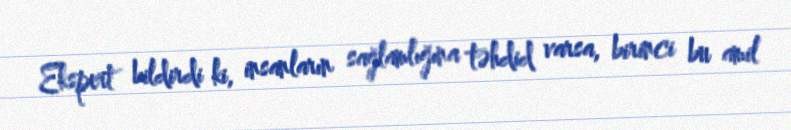
Ekspert bildirdi ki, insanların sağlamlığına təhdid varsa, birinci bu amil